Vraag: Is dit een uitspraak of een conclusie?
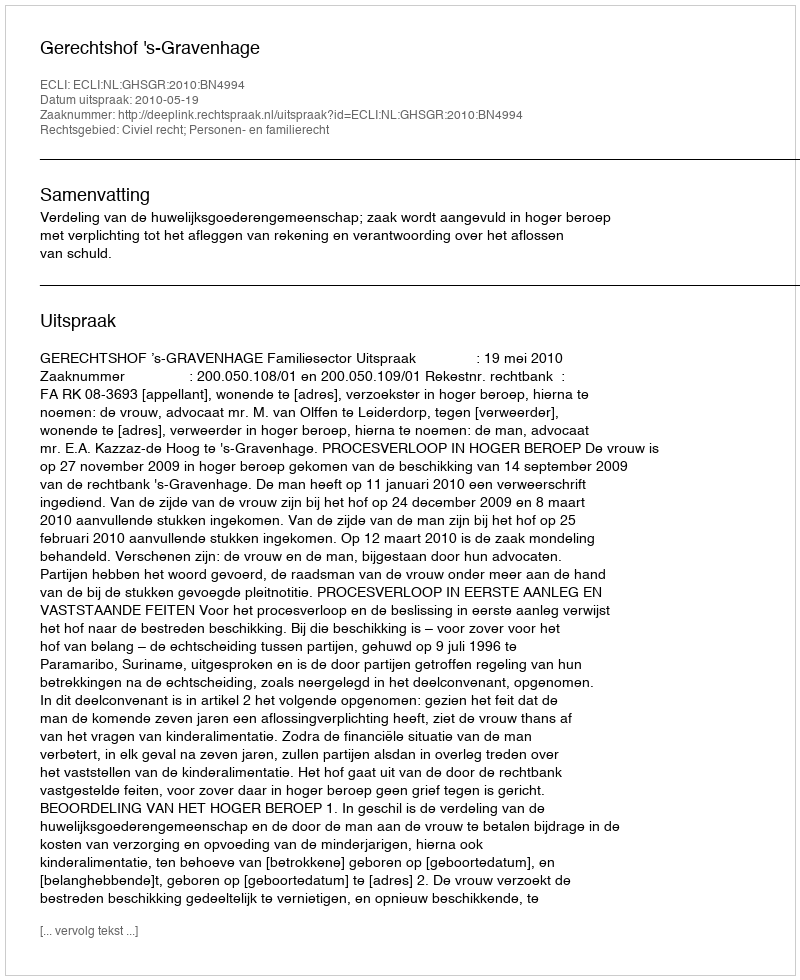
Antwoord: Uitspraak